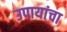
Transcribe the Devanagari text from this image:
उपायांचा